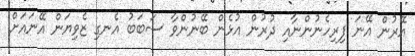
އޭރުން އޭނަ ފިރިހެނުންނާއި ދުރުން އުޅެން ބޭނުންވާ ސަބަބު އެނގި ޒެވިޔަން އޭނައަށް